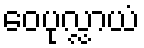
ဝေပုလ္လာယံ